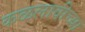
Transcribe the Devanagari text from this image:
कळलावीच्या